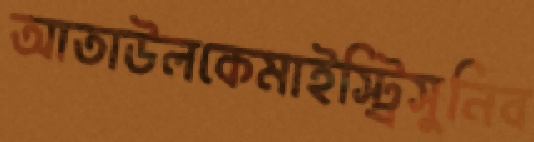
আতাউলকেমাইস্ট্রিসুনিব